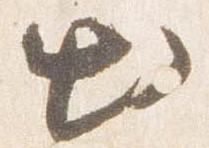
出